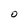
Character: O